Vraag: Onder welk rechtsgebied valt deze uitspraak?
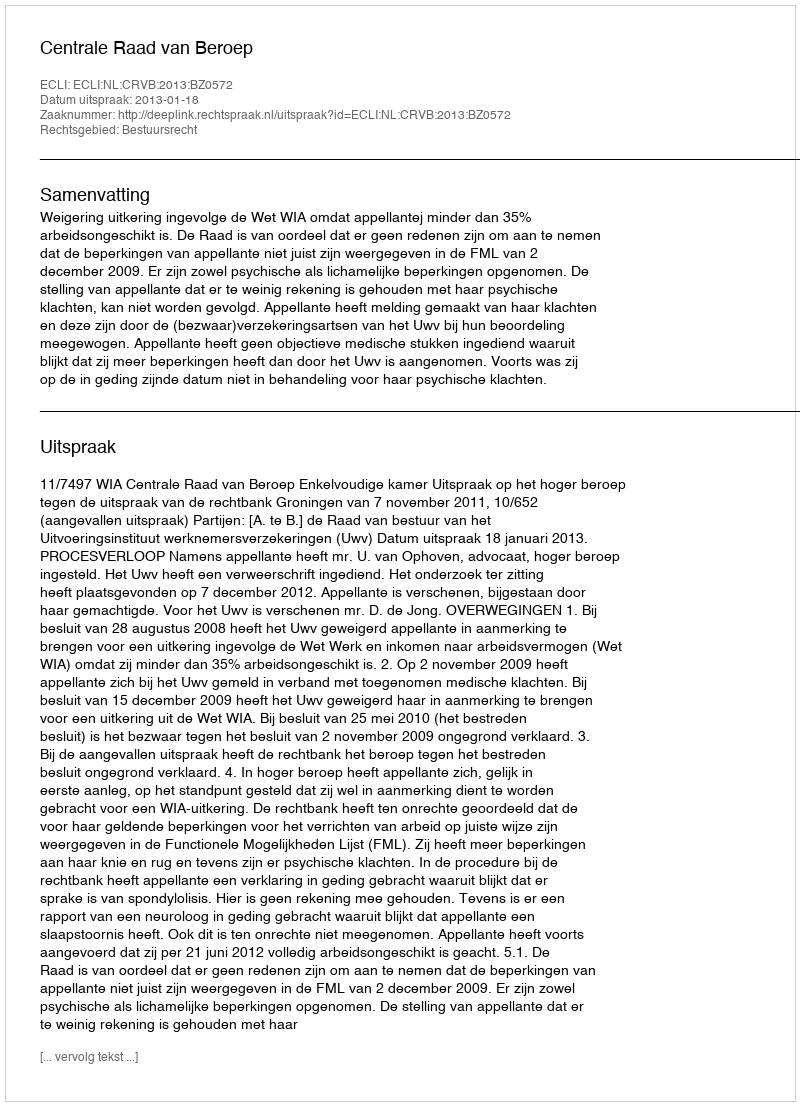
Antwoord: Bestuursrecht